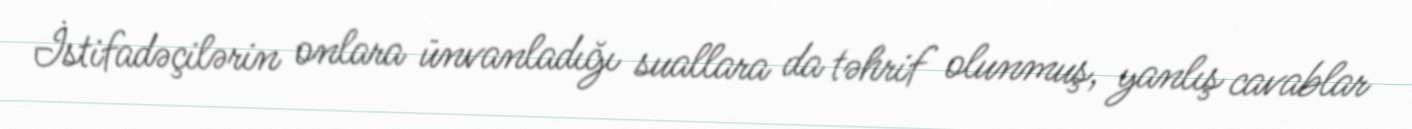
İstifadəçilərin onlara ünvanladığı suallara da təhrif olunmuş, yanlış cavablar